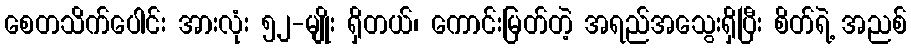
စေတသိက်ပေါင်း အားလုံး ၅၂-မျိုး ရှိတယ်၊ ကောင်းမြတ်တဲ့ အရည်အသွေးရှိပြီး စိတ်ရဲ့ အညစ်